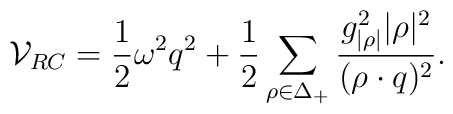
{\cal V}_{RC}={1\over2}\omega^2q^2+{1\over2}\sum_{\rho\in\Delta_+}   {g_{|\rho|}^2|\rho|^{2}\over{(\rho\cdot q)^2}}.